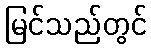
မြင်သည်တွင်